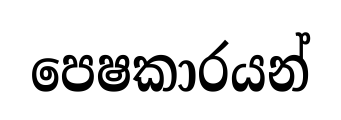
පෙෂකාරයන්